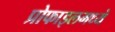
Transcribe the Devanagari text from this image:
प्रोफाइलमध्ये